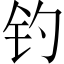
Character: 钓